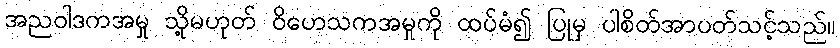
အညဝါဒကအမှု သို့မဟုတ် ဝိဟေသကအမှုကို ထပ်မံ၍ ပြုမှ ပါစိတ်အာပတ်သင့်သည်။